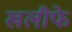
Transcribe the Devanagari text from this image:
खलीफे